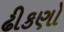
ઢીકણો